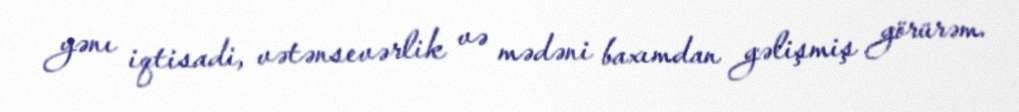
yənı iqtisadi, vətənsevərlik və mədəni baxımdan gəlişmiş görürəm.